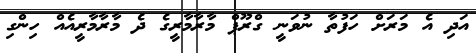
އަދި އެ މަރަށް ހަފުތާ ނުވަނީ ގްރޫޕް މާރާމާރީގެ ދެ މާރާމާރީއެއް ހިންގި